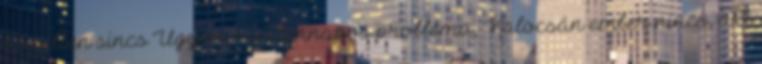
közelben sincs Ugyan mindennapos probléma, Kalocsán ember nincs, aki